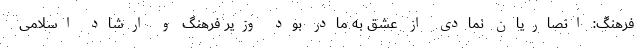
فرهنگ: انصاریان نمادی از عشق به مادر بود وزیر فرهنگ و ارشاد اسلامی